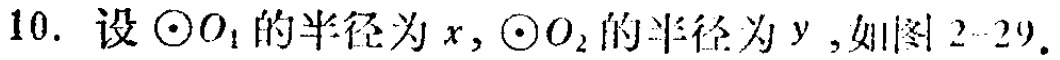
10. 设$\odot O_{1}$的半径为$x$, $\odot O_{2}$的半径为$y$, 如图2 - 29.